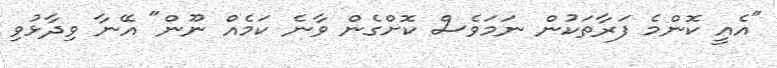
"އެއީ ކޮންމެ ފަރާތަކުން ނަމަވެސް ކޮށްގެން ވާނެ ކަމެއް ނޫން" އޭނާ ވިދާޅުވި